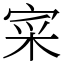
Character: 寀